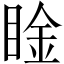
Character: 𥇶